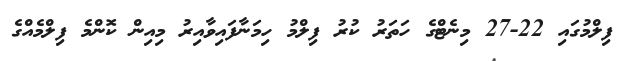
ފިލްމުގައި 22-27 މިނެޓްގެ ހަތަރު ކުރު ފިލްމު ހިމަނާފައިވާއިރު މިއިން ކޮންމެ ފިލްމެއްގެ